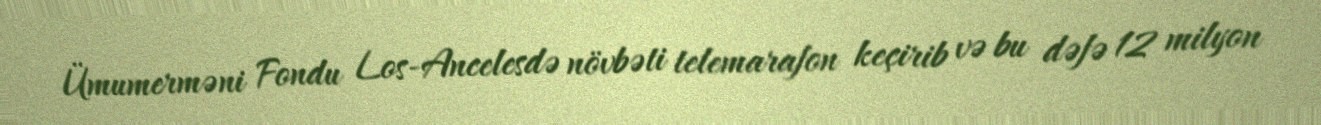
Ümumerməni Fondu Los-Ancelesdə növbəti telemarafon keçirib və bu dəfə 12 milyon